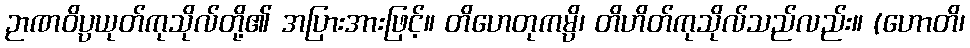
ဉာဏဝိပ္ပယုတ်ကုသိုလ်တို့၏ အပြားအားဖြင့်။ တိဟေတုကမ္ပိ၊ တိဟိတ်ကုသိုလ်သည်လည်း။ (ဟောတိ၊